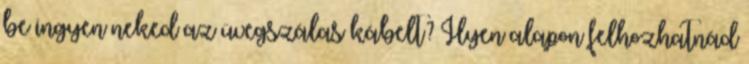
be ingyen neked az üvegszálas kábelt? Ilyen alapon felhozhatnád